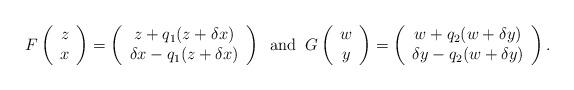
LaTeX: \begin{align*}F\left( \begin{array}{c} z \\ x \end{array}\right) = \left( \begin{array}{c} z + q_1(z+ \delta x) \\ \delta x - q_1(z+ \delta x) \end{array}\right) \; \;\mathrm{and} \; \;G\left( \begin{array}{c} w \\ y \end{array}\right) = \left( \begin{array}{c} w + q_2(w+ \delta y) \\ \delta y - q_2(w+ \delta y)\end{array}\right).\end{align*}